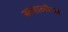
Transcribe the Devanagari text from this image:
समालोच्य